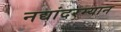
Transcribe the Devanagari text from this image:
नद्यांदरम्यान